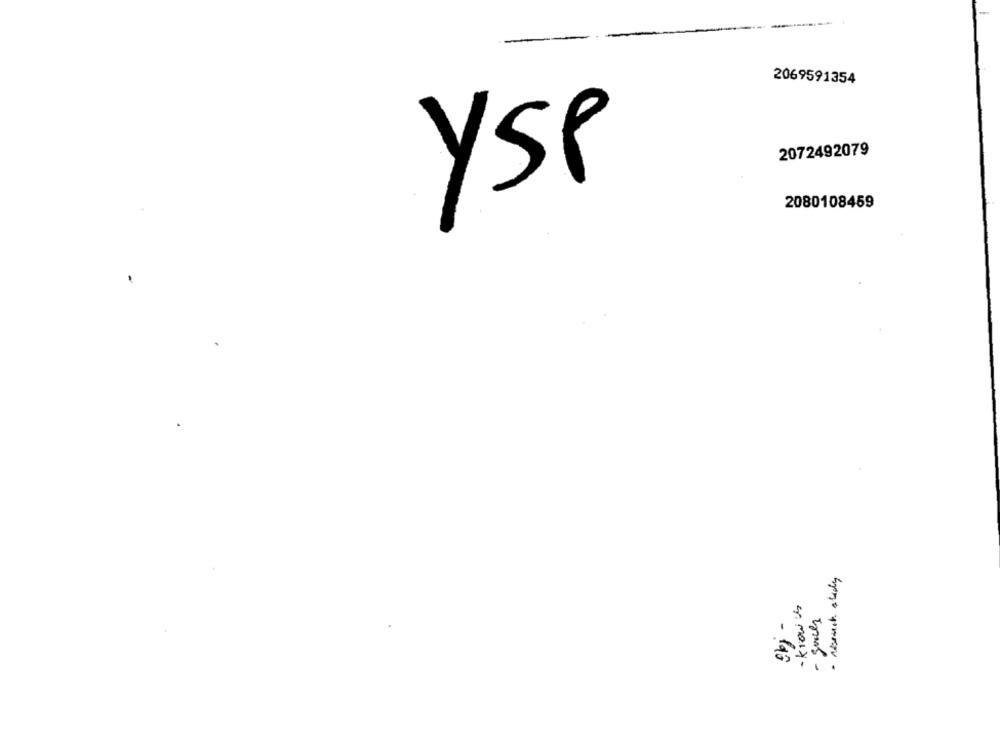
2069591354
2072492079
YSP
2080108459
- know us